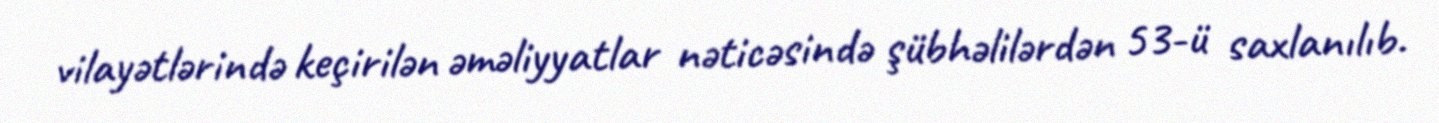
vilayətlərində keçirilən əməliyyatlar nəticəsində şübhəlilərdən 53-ü saxlanılıb.